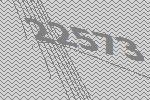
22573